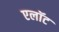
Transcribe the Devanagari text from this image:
एलॉट